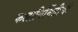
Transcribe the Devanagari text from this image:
कलानिर्मितीची